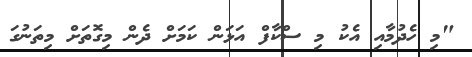
"މި ހެދުމާއި އެކު މި ސްކާފް އަޅަން ކަމަށް ދެން މިގޮތަށް މިތަނުގަ